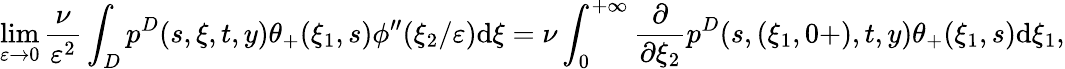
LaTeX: \operatorname*{lim}_{\varepsilon\to 0}\frac{\nu}{\varepsilon^{2}}\int_{D}p^{D}(s,\xi,t,y)\theta_{+}(\xi_{1},s)\phi^{\prime\prime}(\xi_{2}/\varepsilon)\textrm{d}\xi=\nu\int_{0}^{+\infty}\frac{\partial}{\partial\xi_{2}}p^{D}(s,(\xi_{1},0+),t,y)\theta_{+}(\xi_{1},s)\textrm{d}\xi_{1},